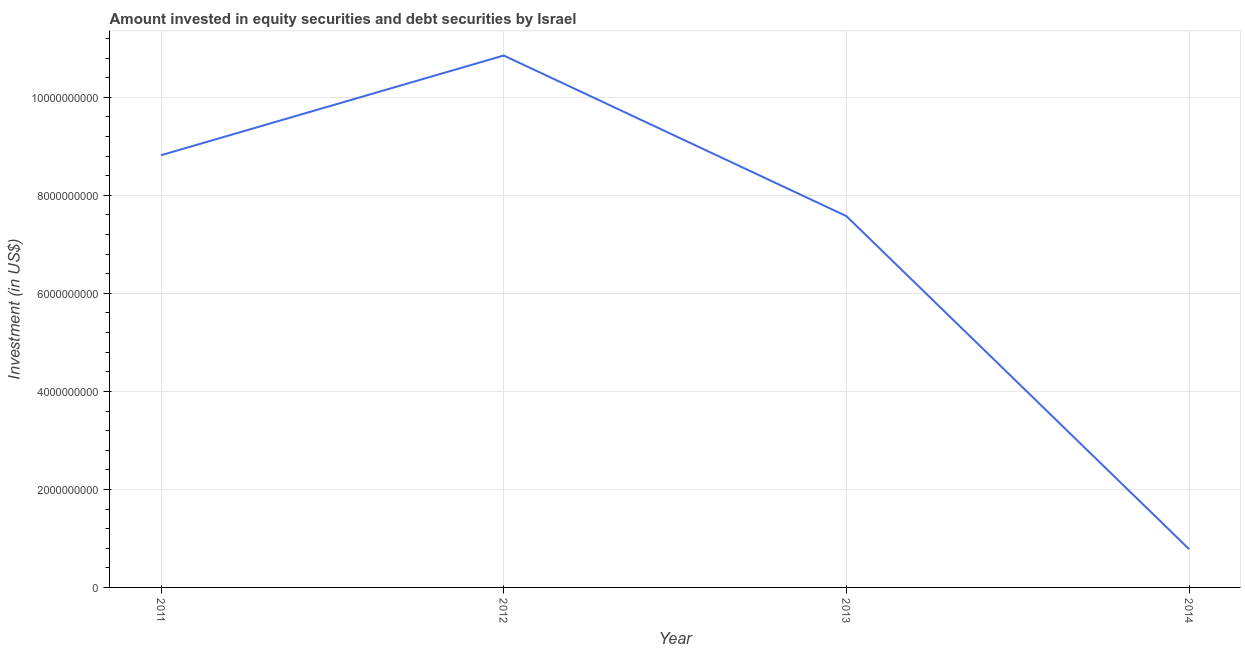
| Year | Portfolio Investment |
 | --- | --- |
 | 2011 | 8.82e+09 |
 | 2012 | 1.09e+10 |
 | 2013 | 7.58e+09 |
 | 2014 | 7.82e+08 |